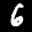
Label: 6